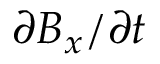
\partial { B _ { x } } / \partial t